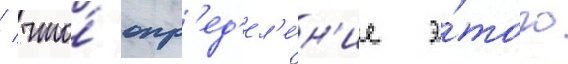
/ что́ опр'ед'ел'е́н'ие э́того